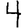
Digit: 4